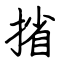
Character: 㨘